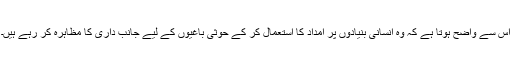
اس سے واضح ہوتا ہے کہ وہ انسانی بنیادوں پر امداد کا استعمال کر کے حوثی باغیوں کے لیے جانب داری کا مظاہرہ کر رہے ہیں۔